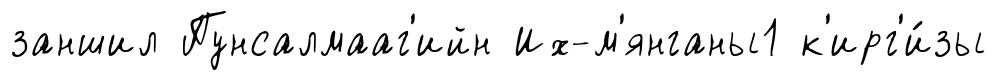
заншил Пунсалмааг'ийн Их-м'янганы1 к'ирг'и́зы